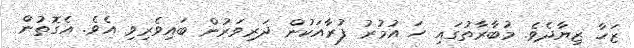
ޒަހާ ޒިޔާދެވެ. މުބާރާތުގައި ހަ އުމުރު ފުރާއަކުން ދަރިވަރުން ބައިވެރިވި އެވެ. އެގޮތުން